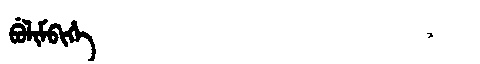
Manchu: ᠪᡠᠯᡳᠮᠪᡳᡥᡝ
Romanization: BULIMBIHE